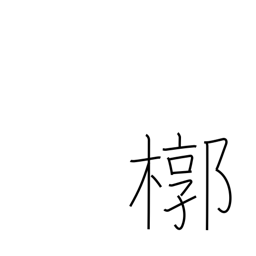
Meaning: outer box for a coffin